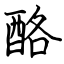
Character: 酪